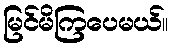
မြင်မိကြပေမယ်။